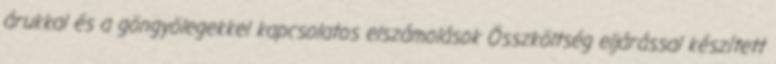
árukkal és a göngyölegekkel kapcsolatos elszámolások Összköltség eljárással készített